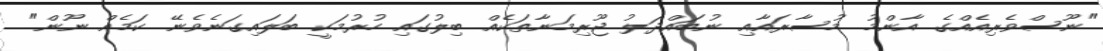
"ނޫސްވެރިއެއްގެ އާންމު މުސާރައާއި ނުބައްދަލު ޖޫރިމަނާތަކެއް ބިލުގައި ހުރުމަކީ ބަލައިގަނެވެނޭ ކަމެއް ނޫން"